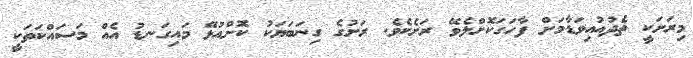
މިރަށަކީ ތެދުއުއިވަޑާމަށް ފާހަގަކޮށްލެވޭ ރަށެކެވެ. ރަށުގެ ގިނަބަޔަކު ކޮށްއުޅޭ މައިގަނޑު އެއް މަސައްކަތަކީ